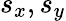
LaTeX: s_{x},s_{y}